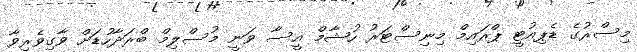
މިސްރުގެ ޑެޕިއުޓީ ޕްރައިމް މިނިސްޓަރު ހުޝާމް އީސާ ވަނީ މުސްލިމް ބްރަދާހުޑަށް ވާގިވެރިވާ